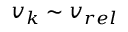
v _ { k } \sim v _ { r e l }